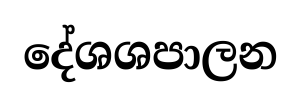
දේශශපාලන